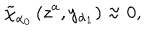
LaTeX: \tilde { \chi } _ { \alpha _ { 0 } } \left( z ^ { a } , y _ { \alpha _ { 1 } } \right) \approx 0 ,